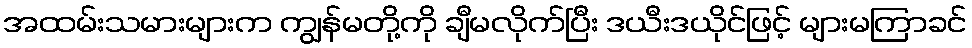
အထမ်းသမားများက ကျွန်မတို့ကို ချီမလိုက်ပြီး ဒယီးဒယိုင်ဖြင့် များမကြာခင်